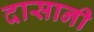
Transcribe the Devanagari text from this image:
दासानी